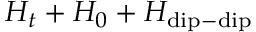
H _ { t } + H _ { 0 } + H _ { \mathrm { d i p - d i p } }